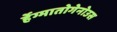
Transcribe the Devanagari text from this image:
र्हेग्मातोगेनोउस